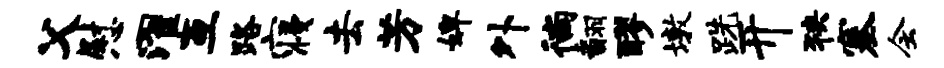
父慰濯互路寝去芳婢外徜翻醪墩跣开狭塞会